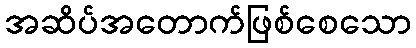
အဆိပ်အတောက်ဖြစ်စေသော